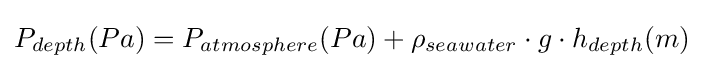
P_{depth}(Pa)=P_{atmosphere}(Pa)+\rho _{seawater}\cdot g\cdot h_{depth}(m)